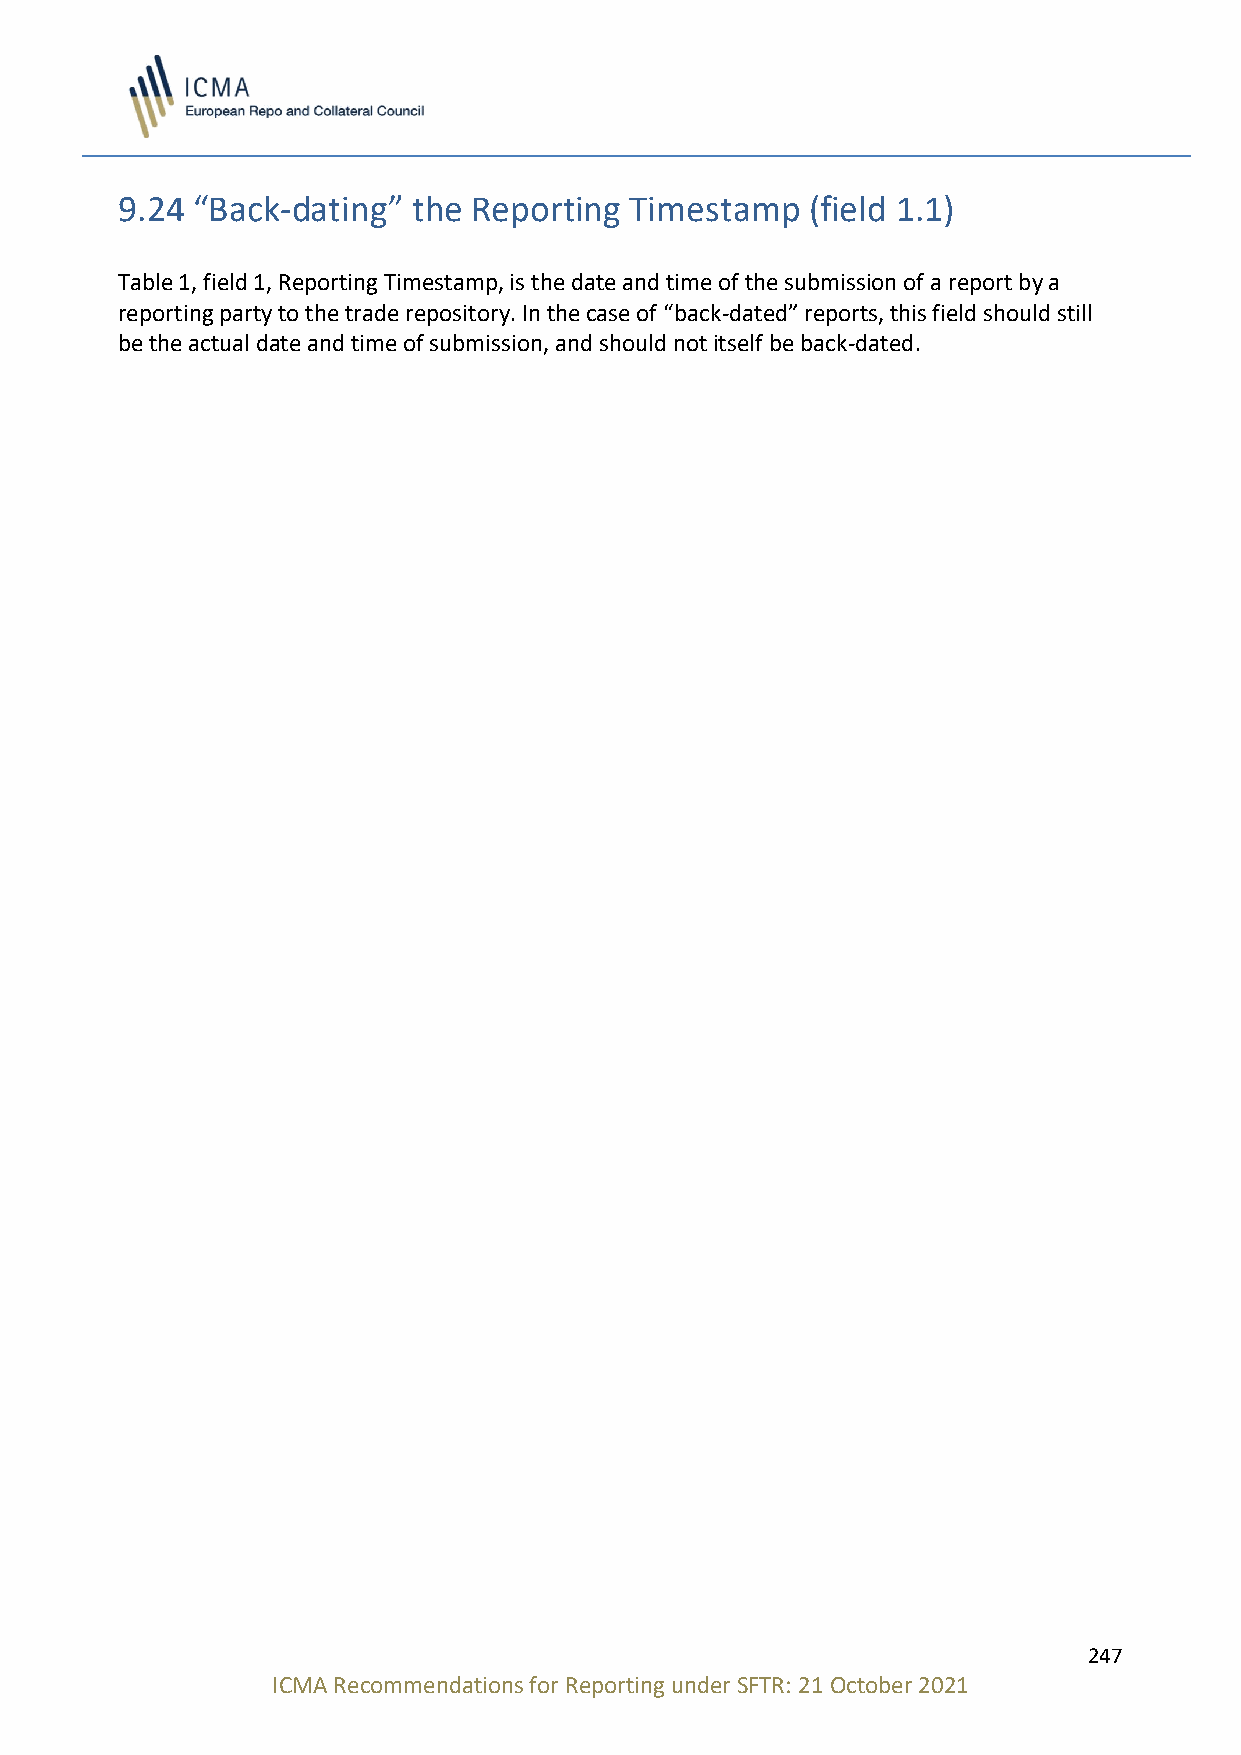
9.24 “Back-dating” the Reporting  Timestamp   (field 1.1)
 Table 1, field 1, Reporting Timestamp, is the date and time of the submission of a report by a
 reporting party to the trade repository. In the case of “back-dated” reports, this field should still
 be the actual date and time of submission, and should not itself be back-dated.
 247
 ICMA Recommendations for Reporting under SFTR: 21 October 2021